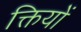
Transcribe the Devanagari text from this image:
क्तियों